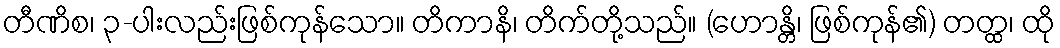
တီဏိစ၊ ၃-ပါးလည်းဖြစ်ကုန်သော။ တိကာနိ၊ တိက်တို့သည်။ (ဟောန္တိ၊ ဖြစ်ကုန်၏) တတ္ထ၊ ထို